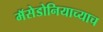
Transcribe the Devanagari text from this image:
मॅसेडोनियाच्याच